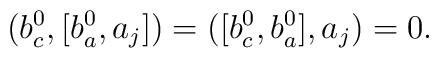
(b_c^0,[b_a^0,a_j])=([b_c^0,b_a^0],a_j)=0.